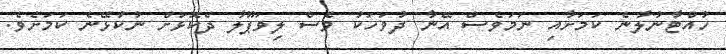
ހުއްޓާނުލާނެ ކަމަށާއި ނަމަވެސް އޭނާ ދުވަހަކު ވެސް ލިވަޕޫލާ ދެކޮޅަށް ނުކުޅޭނެ ކަމަށެވެ.